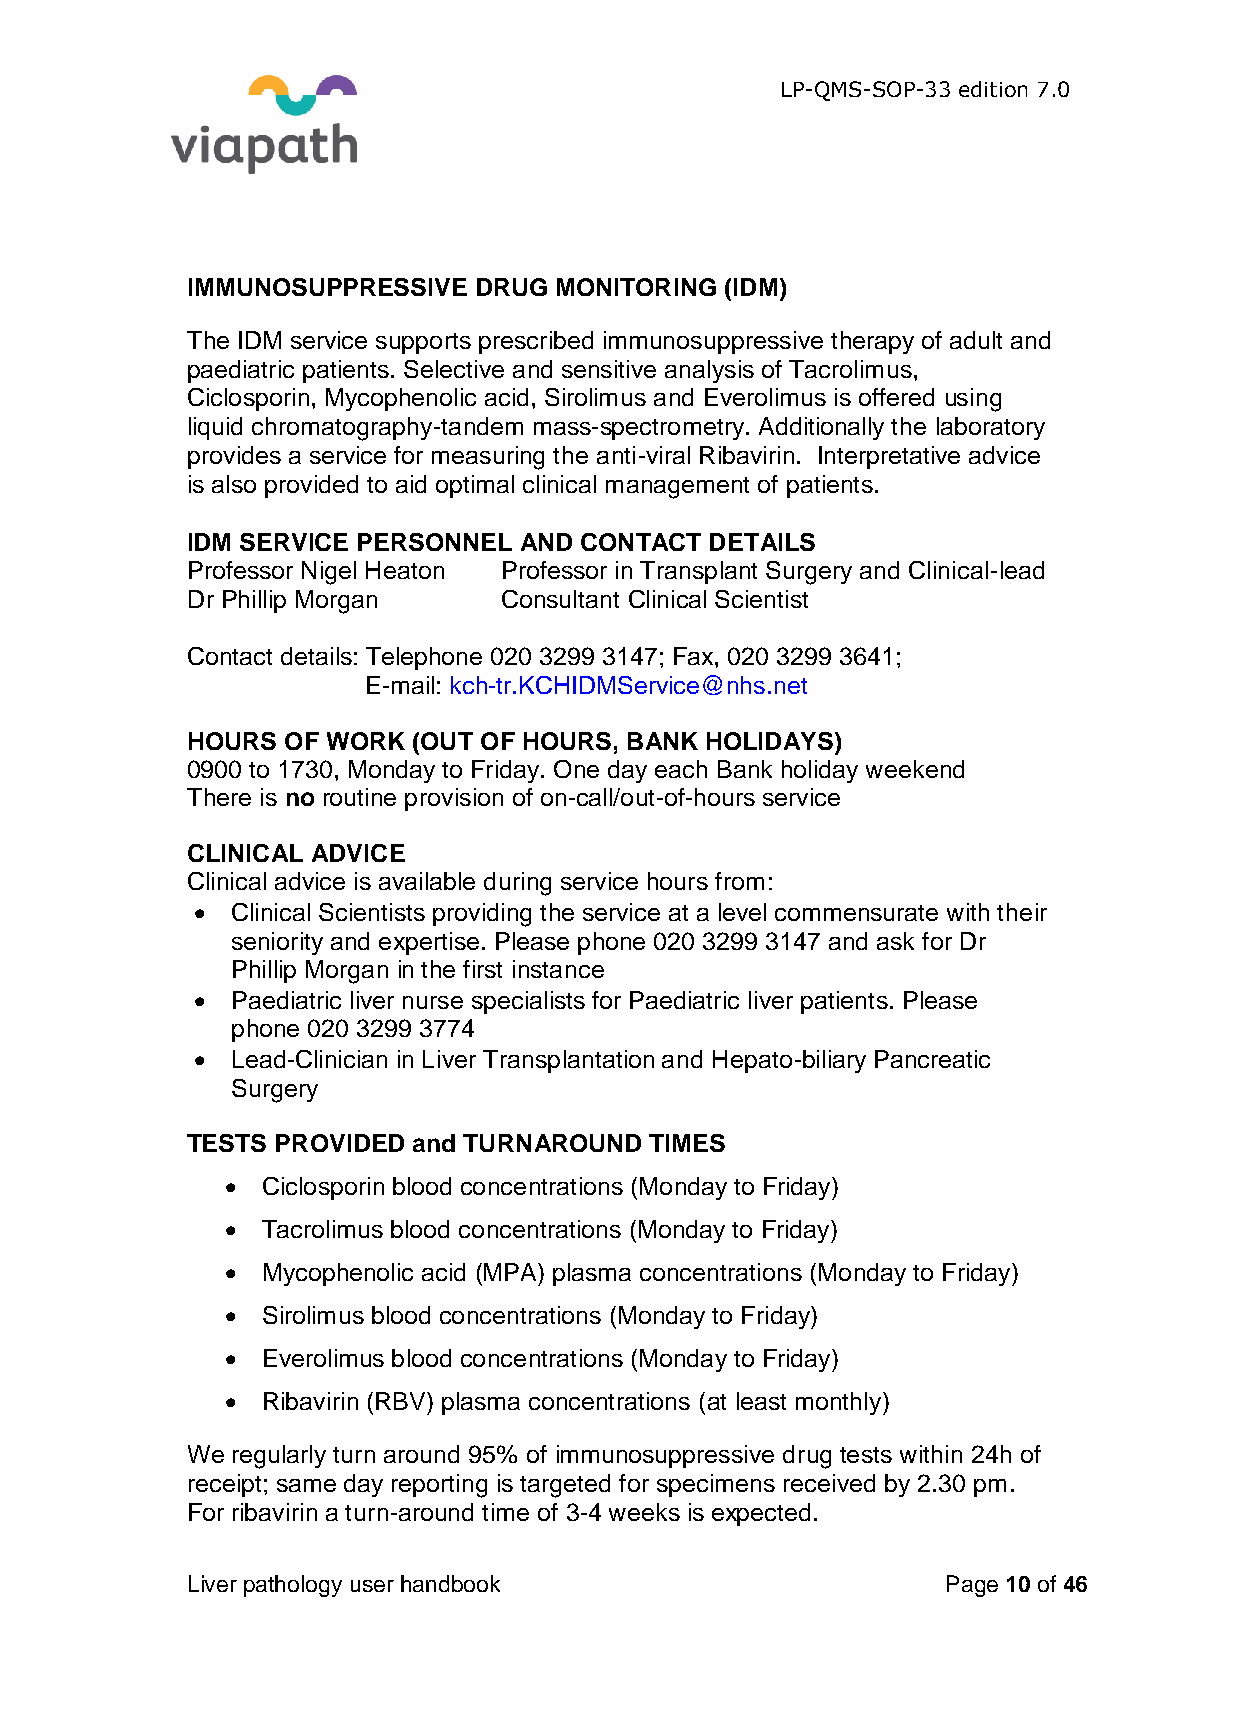
LP-QMS-SOP-33 edition 7.0
 IMMUNOSUPPRESSIVE  DRUG  MONITORING (IDM)
 The IDM service supports prescribed immunosuppressive therapy of adult and
 paediatric patients. Selective and sensitive analysis of Tacrolimus,
 Ciclosporin, Mycophenolic acid, Sirolimus and Everolimus is offered using
 liquid chromatography-tandem mass-spectrometry. Additionally the laboratory
 provides a service for measuring the anti-viral Ribavirin. Interpretative advice
 is also provided to aid optimal clinical management of patients.
 IDM SERVICE PERSONNEL AND CONTACT  DETAILS
 Professor Nigel Heaton Professor in Transplant Surgery and Clinical-lead
 Dr Phillip Morgan    Consultant Clinical Scientist
 Contact details: Telephone 020 3299 3147; Fax, 020 3299 3641;
 E-mail: kch-tr.KCHIDMService@nhs.net
 HOURS  OF WORK (OUT OF HOURS, BANK HOLIDAYS)
 0900 to 1730, Monday to Friday. One day each Bank holiday weekend
 There is no routine provision of on-call/out-of-hours service
 CLINICAL ADVICE
 Clinical advice is available during service hours from:
  Clinical Scientists providing the service at a level commensurate with their
 seniority and expertise. Please phone 020 3299 3147 and ask for Dr
 Phillip Morgan in the first instance
  Paediatric liver nurse specialists for Paediatric liver patients. Please
 phone 020 3299 3774
  Lead-Clinician in Liver Transplantation and Hepato-biliary Pancreatic
 Surgery
 TESTS PROVIDED and TURNAROUND  TIMES
  Ciclosporin blood concentrations (Monday to Friday)
  Tacrolimus blood concentrations (Monday to Friday)
  Mycophenolic acid (MPA) plasma concentrations (Monday to Friday)
  Sirolimus blood concentrations (Monday to Friday)
  Everolimus blood concentrations (Monday to Friday)
  Ribavirin (RBV) plasma concentrations (at least monthly)
 We regularly turn around 95% of immunosuppressive drug tests within 24h of
 receipt; same day reporting is targeted for specimens received by 2.30 pm.
 For ribavirin a turn-around time of 3-4 weeks is expected.
 Liver pathology user handbook                      Page 10 of 46